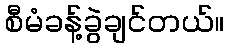
စီမံခန့်ခွဲချင်တယ်။